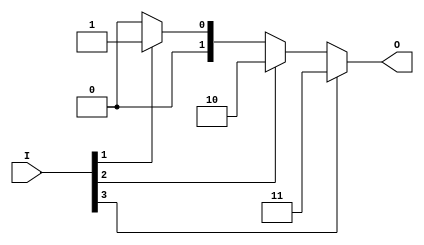
module relative_encoder (
    input wire [n-1:0] I,  // Input signals (n inputs)
    output reg [m-1:0] O   // Output binary representation (m bits)
);
    parameter n = 4;       // Number of inputs (can be adjusted)
    parameter m = 2;       // Number of output bits (ceil(log2(n)))

    always @(*) begin
        // Default output when no inputs are active
        O = {m{1'b0}}; // Set output to 0

        // Check inputs from highest index to lowest
        if (I[n-1]) begin
            O = n-1; // If I(n-1) is active, output n-1
        end else if (I[n-2]) begin
            O = n-2; // If I(n-2) is active, output n-2
        end else if (I[n-3]) begin
            O = n-3; // If I(n-3) is active, output n-3
        end else if (I[0]) begin
            O = 0;    // If I0 is active, output 0
        end
    end
endmodule